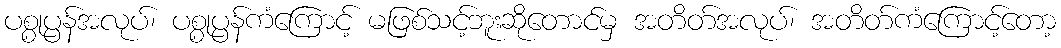
ပစ္စုပ္ပန်အလုပ်၊ ပစ္စုပ္ပန်ကံကြောင့် မဖြစ်သင့်ဘူးဆိုတောင်မှ အတိတ်အလုပ်၊ အတိတ်ကံကြောင့်တော့